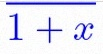
\frac{1}{1+x}